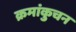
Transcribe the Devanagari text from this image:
क्रमांकुचन